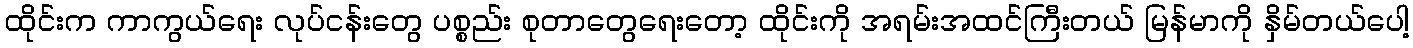
ထိုင်းက ကာကွယ်ရေး လုပ်ငန်းတွေ ပစ္စည်း စုတာတွေရေးတော့ ထိုင်းကို အရမ်းအထင်ကြီးတယ် မြန်မာကို နှိမ်တယ်ပေါ့